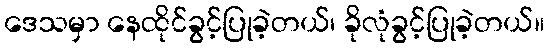
ဒေသမှာ နေထိုင်ခွင့်ပြုခဲ့တယ်၊ ခိုလုံခွင့်ပြုခဲ့တယ်။